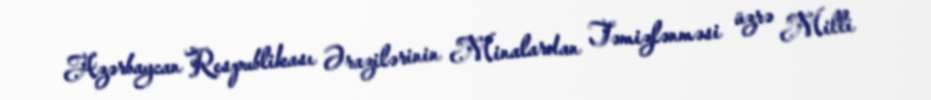
Azərbaycan Respublikası Ərazilərinin Minalardan Təmizlənməsi üzrə Milli